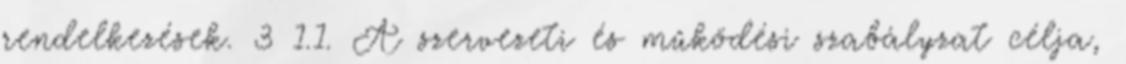
rendelkezések. 3 1.1. A szervezeti és működési szabályzat célja,